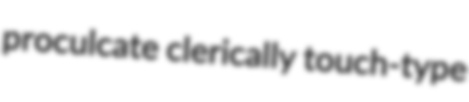
proculcate clerically touch-type